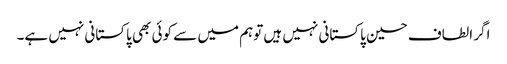
اگر الطاف حسین پاکستانی نہیں ہیں توہم میں سے کوئی بھی پاکستانی نہیں ہے۔